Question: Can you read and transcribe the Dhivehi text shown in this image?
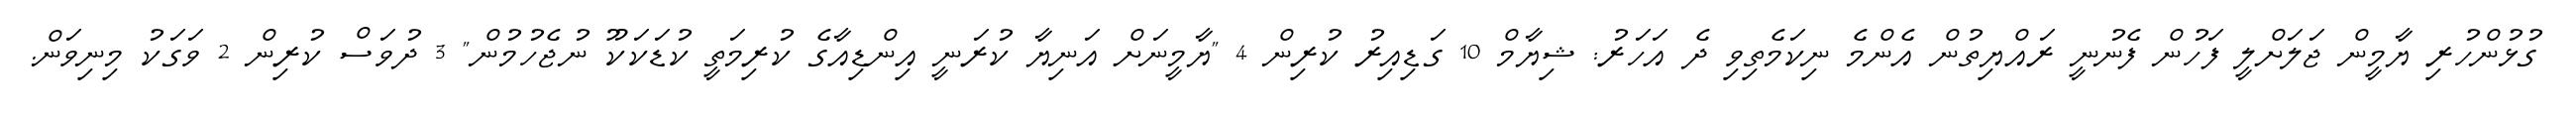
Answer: ގުޅުންހުރި ޔާމީން ޖަލަށްލީ ފަހުން ފެނުނީ ރައްޔިތުން އެންމެ ނިކަމެތިވި ދެ އަހަރު: ޝިޔާމް 10 ގަޑިއިރު ކުރިން 4 "ޔާމީނަށް އަނިޔާ ކުރަނީ އިންޑިއާގެ ކުރިމަތީ ކުޑަކަކޫ ނުޖެހުމުން" 3 ދުވަސް ކުރިން 2 ވަގަކު މިނިވަން.